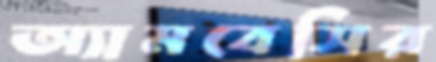
অ্যামবেসির